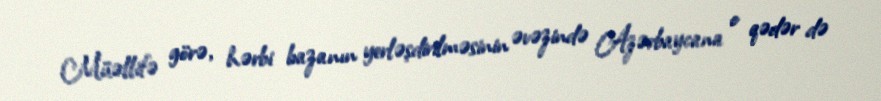
Müəllifə görə, hərbi bazanın yerləşdirilməsinin əvəzində Azərbaycana o qədər də